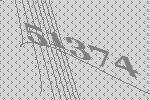
51374